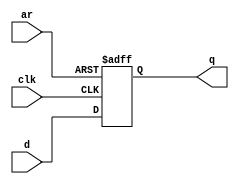
module top_module (
    input clk,
    input d, 
    input ar,   // asynchronous reset
    output q);
    
    always @(posedge clk, posedge ar) begin
        if(ar == 1'b1)
            q <= 0;
        else
            q <= d;
    end

endmodule